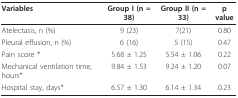
<table><thead><tr><td><b>Variables</b></td><td><b>Group I (n = 38)</b></td><td><b>Group II (n = 33)</b></td><td><b>p value</b></td></tr></thead><tbody><tr><td>Atelectasis, n (%)</td><td>9 (23)</td><td>7(21)</td><td>0.80</td></tr><tr><td>Pleural effusion, n (%)</td><td>6 (16)</td><td>5 (15)</td><td>0.47</td></tr><tr><td>Pain score *</td><td>5.68 ± 1.25</td><td>5.54 ± 1.06</td><td>0.22</td></tr><tr><td>Mechanical ventilation time, hours*</td><td>9.84 ± 1.53</td><td>9.24 ± 1.20</td><td>0.07</td></tr><tr><td>Hospital stay, days*</td><td>6.57 ± 1.30</td><td>6.14 ± 1.34</td><td>0.23</td></tr></tbody></table>